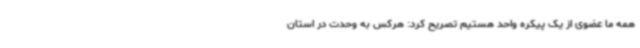
همه ما عضوی از یک پیکره واحد هستیم تصریح کرد: هرکس به وحدت در استان